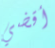
أقضي